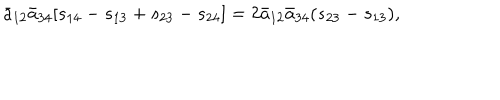
{ \bar { a } } _ { 1 2 } { \bar { a } } _ { 3 4 } [ s _ { 1 4 } - s _ { 1 3 } + s _ { 2 3 } - s _ { 2 4 } ] = 2 { \bar { a } } _ { 1 2 } { \bar { a } } _ { 3 4 } ( s _ { 2 3 } - s _ { 1 3 } ) ,